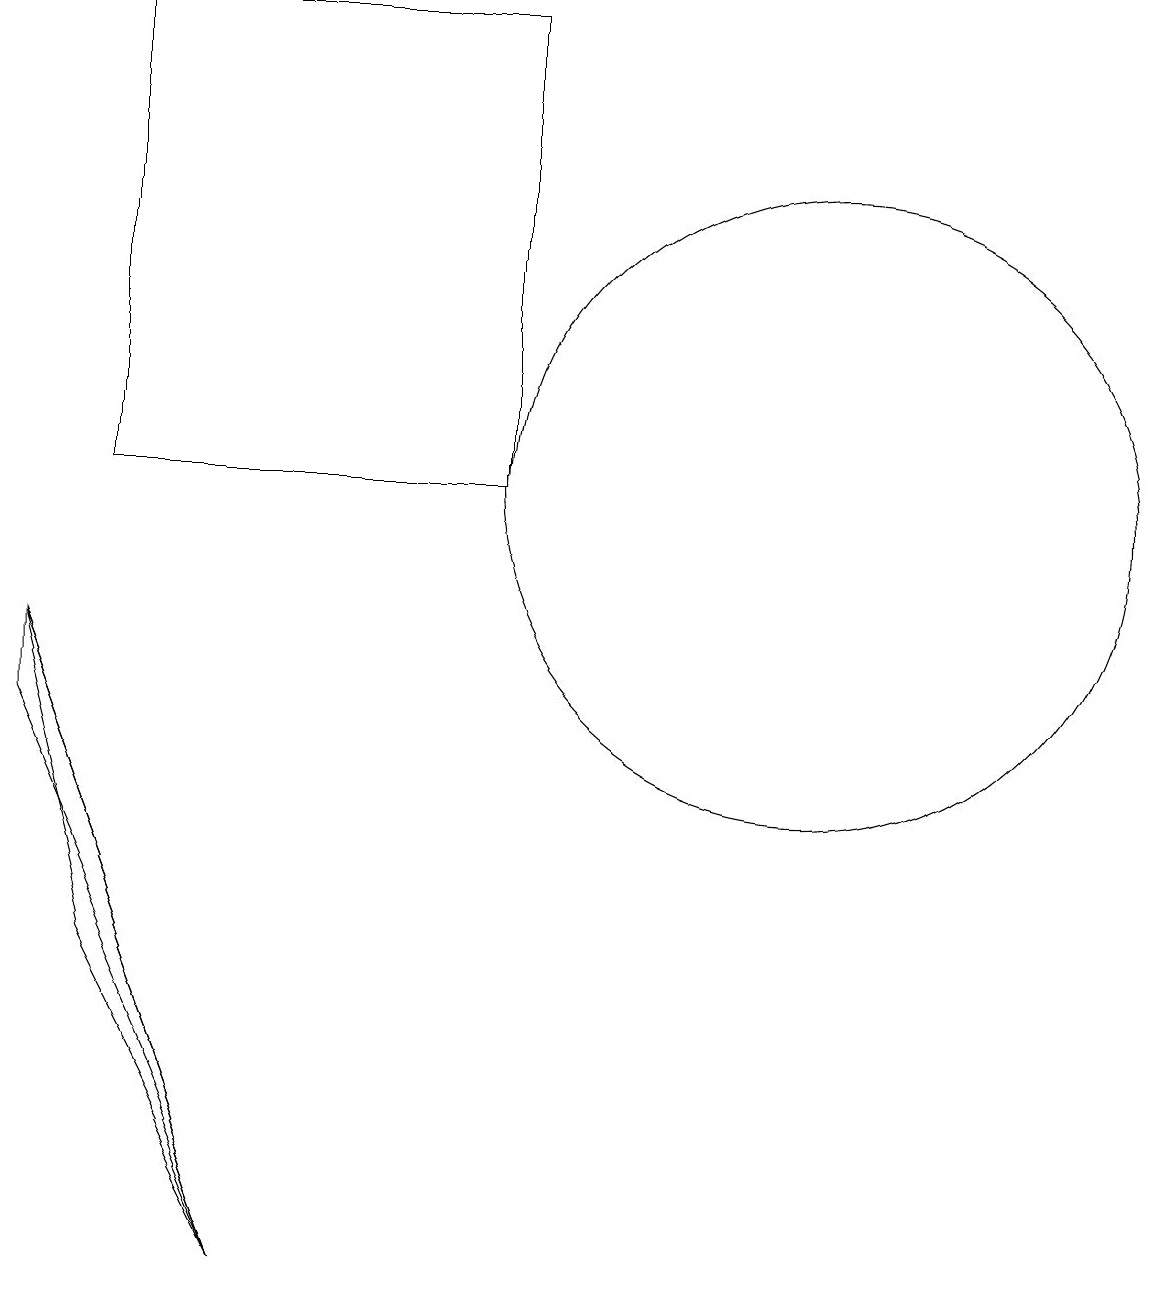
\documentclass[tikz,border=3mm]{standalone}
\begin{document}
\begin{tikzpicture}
\draw (10,11) circle (4);
\draw (0,9) -- (1,5) -- (3,1) -- cycle;
\draw (6,11) rectangle (1,17);
\draw (0,8) -- (3,1) -- (0,9) -- cycle;
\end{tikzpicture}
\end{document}